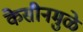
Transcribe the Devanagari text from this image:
केसीनमुळे